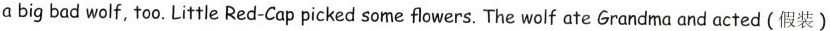
a big bad wolf, too.Little Red-Cap picked some flowers. The wolf ate Grandma and acted(假装)